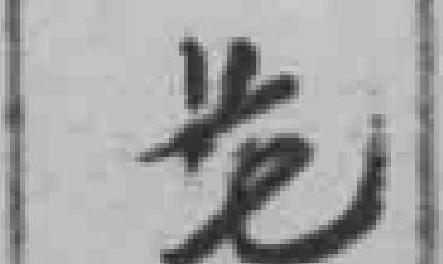
廿七